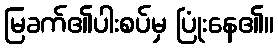
မြခက်၏ပါးစပ်မှ ပြုံးနေ၏။